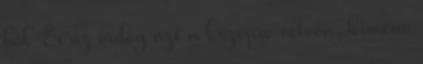
ből És az ördög azt a középre vetvén, kiméne